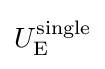
U_{\mathrm {E} }^{\text{single}}